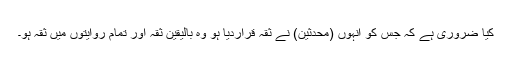
کیا ضروری ہے کہ جس کو انہوں (محدثین) نے ثقہ قراردیا ہو وہ بالیقین ثقہ اور تمام روایتوں میں ثقہ ہو۔